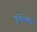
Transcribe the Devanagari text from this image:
पुलिसक्षेत्र